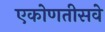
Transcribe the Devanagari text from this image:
एकोणतीसवे